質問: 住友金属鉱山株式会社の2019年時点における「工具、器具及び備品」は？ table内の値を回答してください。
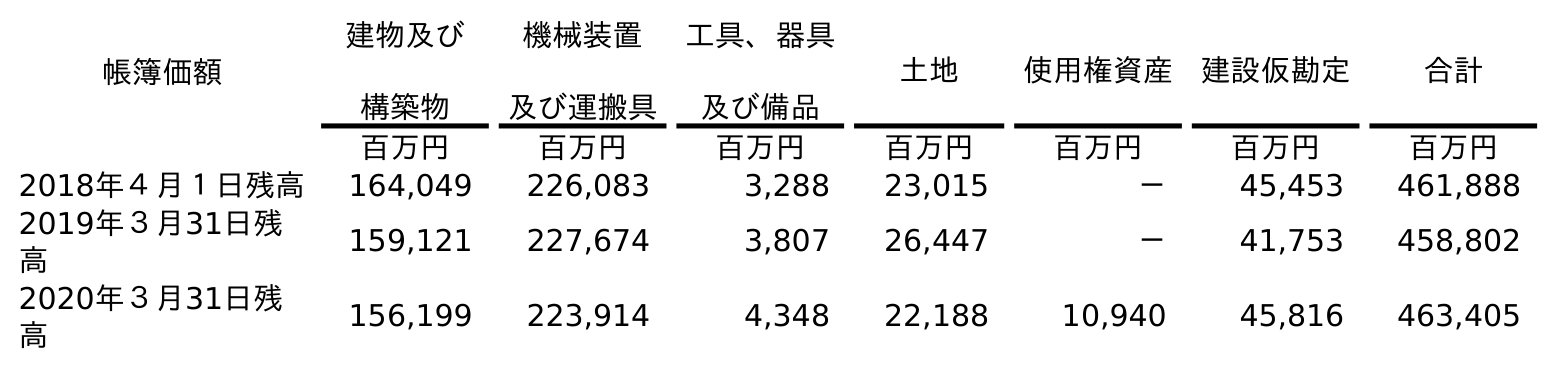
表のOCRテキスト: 帳簿価額 建物及び 構築物 機械装置 及び運搬具 工具、器具 及び備品 土地 使用権資産 建設仮勘定 合計 百万円 百万円 百万円 百万円 百万円 百万円 百万円 2018年４月１日残高 164,049 226,083 3,288 23,015 － 45,453 461,888 2019年３月31日残 高 159,121 227,674 3,807 26,447 － 41,753 458,802 2020年３月31日残 高 156,199 223,914 4,348 22,188 10,940 45,816 463,405
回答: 3,807